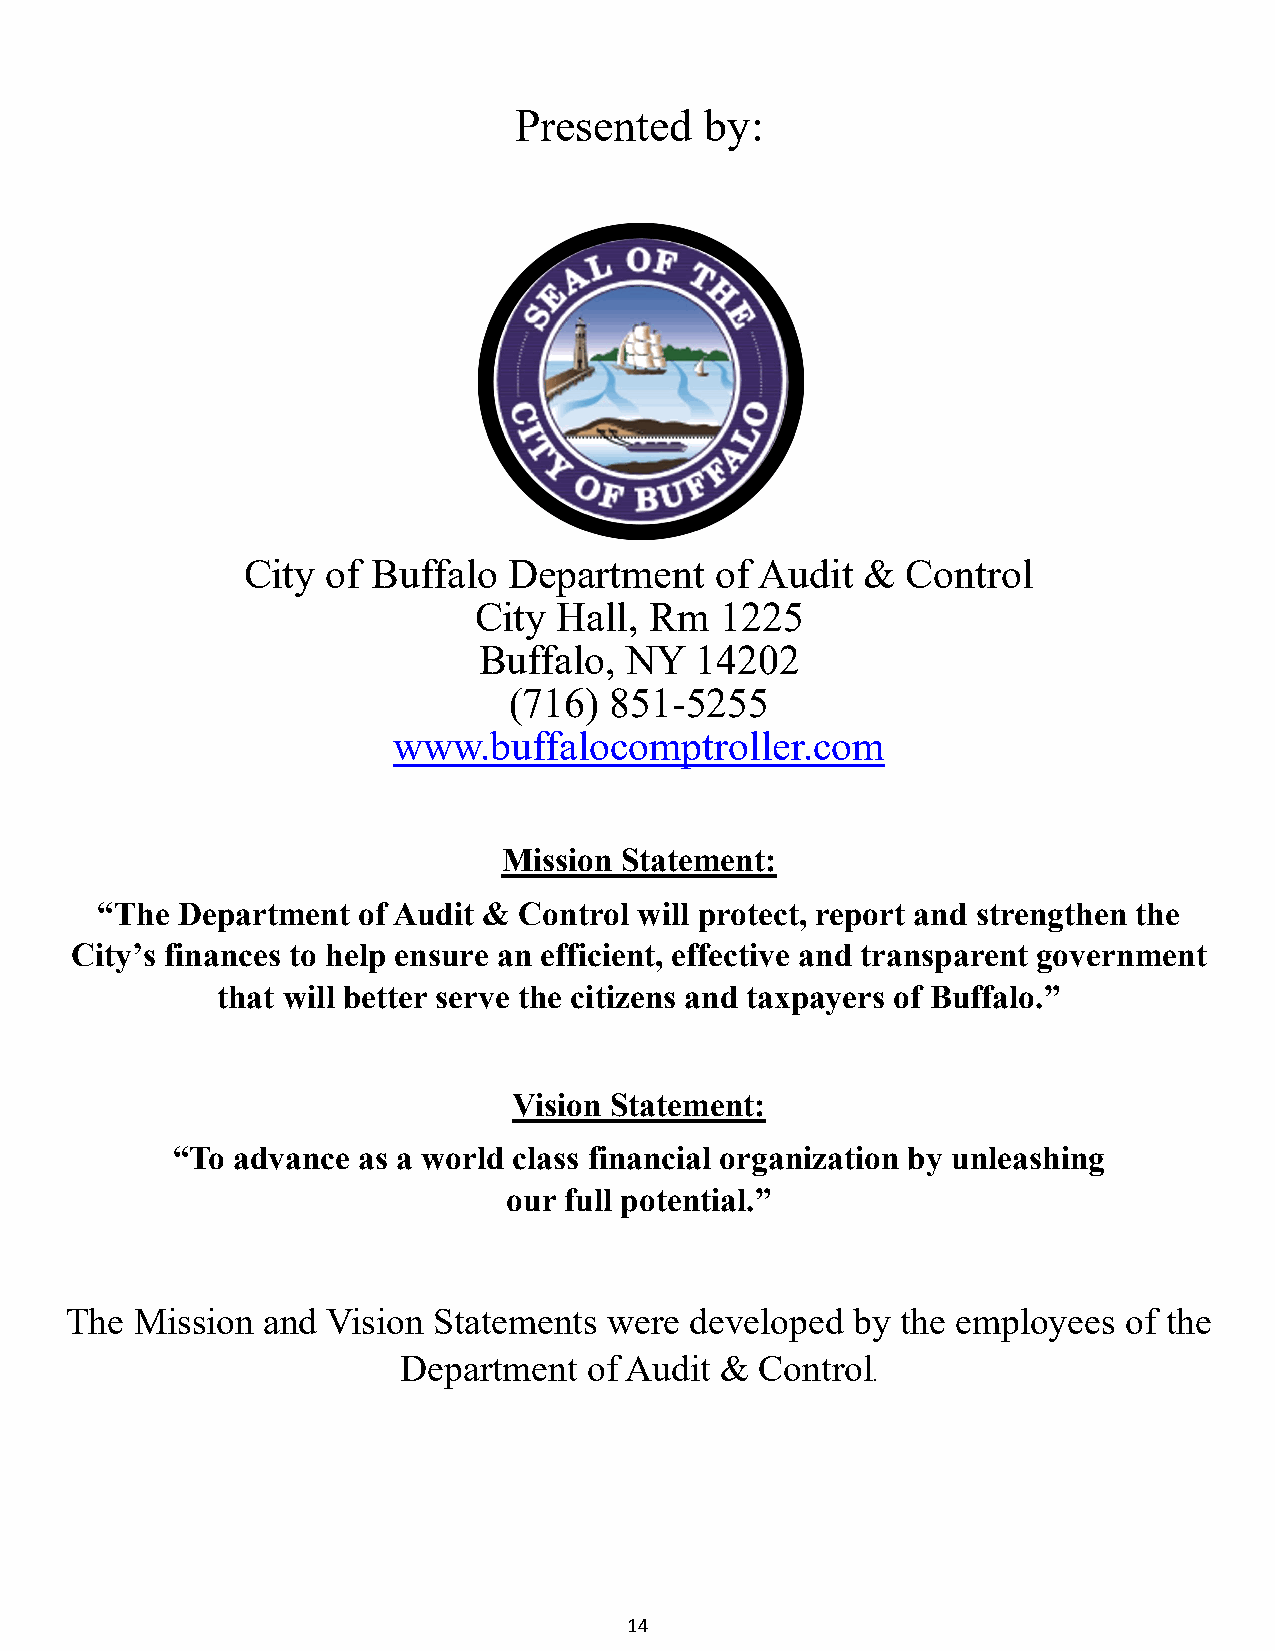
Presented    by:
 City  of Buffalo  Department   of Audit  &  Control
 City  Hall, Rm   1225
 Buffalo, NY   14202
 (716) 851-5255
 www.buffalocomptroller.com
 Mission Statement:
 “The  Department  of Audit & Control will protect, report and strengthen the
 City’s finances to help ensure an efficient, effective and transparent government
 that will better serve the citizens and taxpayers of Buffalo.”
 Vision Statement:
 “To advance  as a world class financial organization by unleashing
 our full potential.”
 The  Mission and  Vision Statements were  developed  by the employees  of the
 Department  of Audit & Control
 .
 14